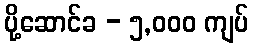
ပို့ဆောင်ခ - ၅,၀၀၀ ကျပ်